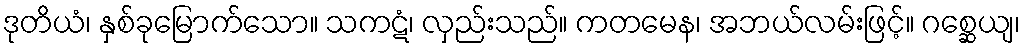
ဒုတိယံ၊ နှစ်ခုမြောက်သော။ သကဋံ၊ လှည်းသည်။ ကတမေန၊ အဘယ်လမ်းဖြင့်။ ဂစ္ဆေယျ၊